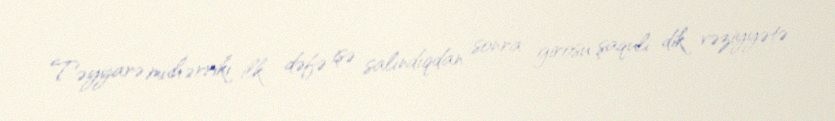
Təyyarə mühərriki ilk dəfə işə salındıqdan sonra girosu şaquli dik vəziyyətə